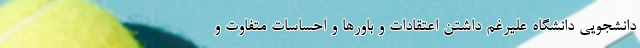
دانشجویی دانشگاه علیرغم داشتن اعتقادات و باورها و احساسات متفاوت و